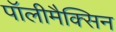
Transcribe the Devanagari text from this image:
पॉलीमैक्सिन